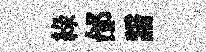
綠邰諳